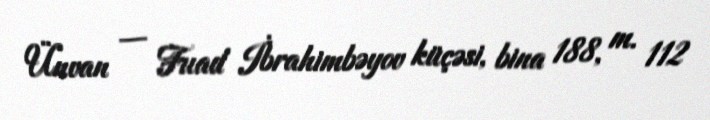
Ünvan — Fuad İbrahimbəyov küçəsi, bina 188, m. 112